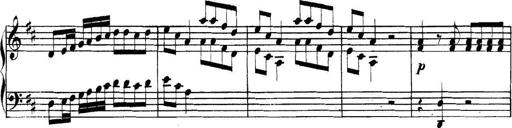
Title: Collected Piano Sonatas
Composer: Muzio Clementi